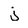
Character: j